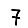
Digit: 7